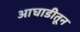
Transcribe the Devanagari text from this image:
आघाडीतून